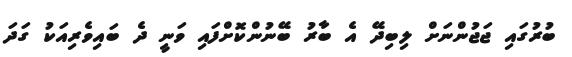
ބުރުގައި ޖަޖުންނަށް ލިބިދޭ އެ ބާރު ބޭނުންކޮށްފައި ވަނީ ދެ ބައިވެރިއަކު ގަދަ